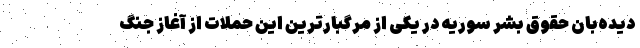
دیده‌بان حقوق بشر سوریه در یکی از مرگبارترین این حملات از آغاز جنگ